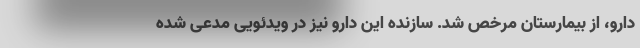
دارو، از بیمارستان مرخص شد. سازنده این دارو نیز در ویدئویی مدعی شده